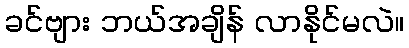
ခင်ဗျား ဘယ်အချိန် လာနိုင်မလဲ။